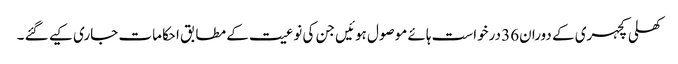
کھلی کچہری کے دوران36 درخواست ہائے موصول ہوئیں جن کی نوعیت کے مطابق احکامات جاری کیے گئے ۔